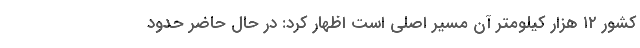
کشور ۱۲ هزار کیلومتر آن مسیر اصلی است اظهار کرد: در حال حاضر حدود